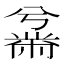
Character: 𫜜